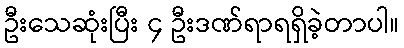
ဦးသေဆုံးပြီး ၄ ဦးဒဏ်ရာရရှိခဲ့တာပါ။